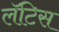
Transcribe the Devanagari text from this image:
लॅटिस